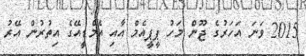
2015 ވަނަ އަހަރުގެ ޖޫން މަހު ޕީޕީއެމް އާއި އެމްޑީއޭގެ އިތުރުން އޭރު